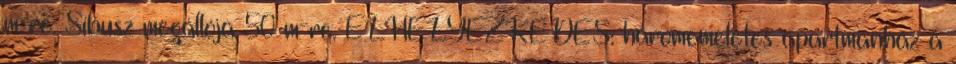
m-re. Síbusz megállója 50 m-re. ELHELYEZKEDÉS: háromemeletes apartmanház a